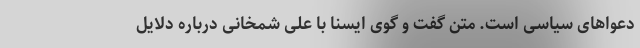
دعواهای سیاسی است. متن گفت و گوی ایسنا با علی شمخانی درباره دلایل